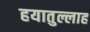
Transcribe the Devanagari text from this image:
हयातुल्लाह